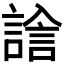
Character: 𧪃